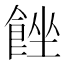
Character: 𩛠